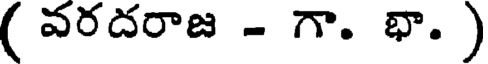
( వరదరాజ - గా. భా. )